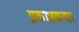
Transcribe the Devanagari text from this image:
प्रकाशकवार